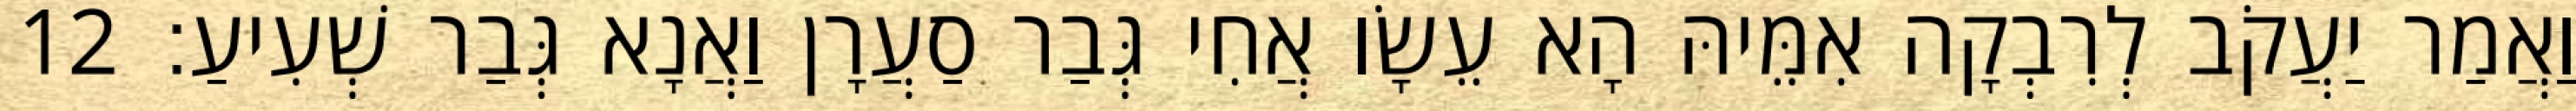
וַאֲמַר יַעֲקֹב לְרִבְקָה אִמֵּיהּ הָא עֵשָׂו אֲחִי גְּבַר סַעֲרָן וַאֲנָא גְּבַר שְׁעִיעַ׃ 12